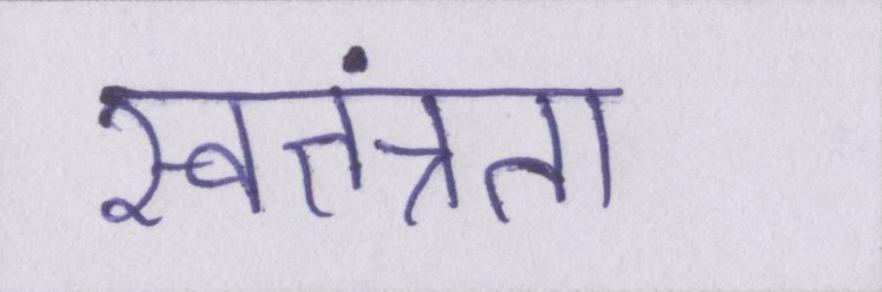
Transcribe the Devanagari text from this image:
स्वतत्रता